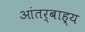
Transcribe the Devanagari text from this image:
आंतर्बाह्य